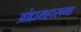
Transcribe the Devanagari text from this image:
आंध्रमहासभा